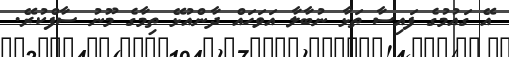
އޭ ގައުމުގެ ފައިސާ ތަޅާ ނުބާލާ އަވަހައް ދާންއުޅޭ ތިމާގެ މޫނު ސާފްކުރޭ.